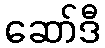
ဆော်ဒီ